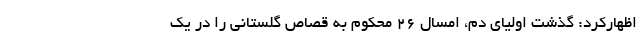
اظهارکرد: گذشت اولیای دم، امسال ۲۶ محکوم به قصاص گلستانی را در یک